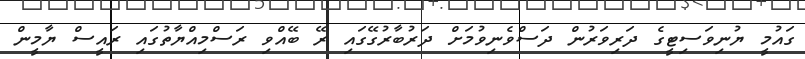
ގައުމީ ޔުނިވަސިޓީގެ ދަރިވަރުން ދަސްވެނިވުމަށް ދަރުބާރުގޭގައި ރޭ ބޭއްވި ރަސްމިއްޔާތުގައި ރައީސް ޔާމީން